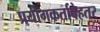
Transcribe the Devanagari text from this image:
प्रयोगकर्ताबेहतर